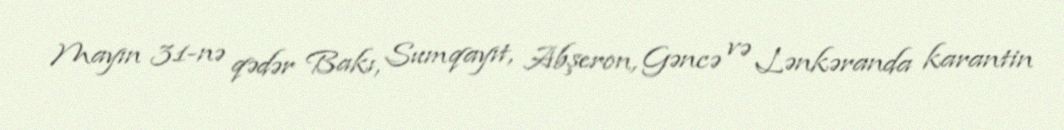
Mayın 31-nə qədər Bakı, Sumqayıt, Abşeron, Gəncə və Lənkəranda karantin